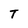
Character: T